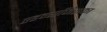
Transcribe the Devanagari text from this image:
एडम्सजिसका